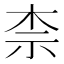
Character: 柰